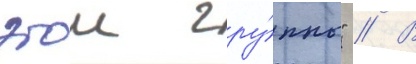
этои гру́ппы" // В